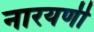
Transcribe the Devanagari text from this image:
नारयणी